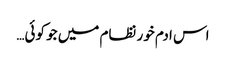
اس ادم خور نظام میں جو کوئی…